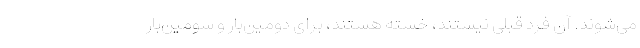
می‌شوند. آن فرد قبلی نیستند، خسته هستند، برای دومین‌بار و سومین‌بار